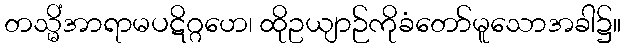
တသ္မိံအာရာမပဋိဂ္ဂဟေ၊ ထိုဥယျာဉ်ကိုခံတော်မူသောအခါ၌။